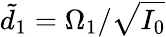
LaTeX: \tilde{d}_{1}=\Omega_{1}/\sqrt{I_{0}}